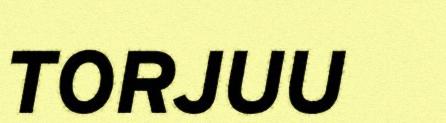
TORJUU